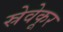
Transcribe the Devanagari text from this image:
स्रेवेकूर